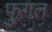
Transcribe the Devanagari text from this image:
फुगत